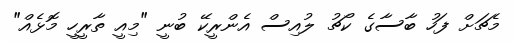
މެޗަށް ފަހު ބާސާގެ ކޯޗު ލުއިސް އެންރީކޭ ބުނީ "މިއީ ތާރީހީ މޮޅެއް"